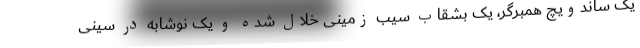
یک ساندویچ همبرگر، یک بشقاب سیب زمینی خلال شده و یک نوشابه در سینی